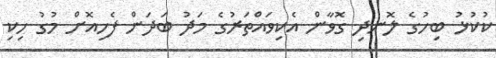
ކުކުޅު ބިހުގެ ލޮނދި ގޮވާން އެކިވައްތަރުގެ މަދު ބަދަން ފެހިއޮށް މުގު ހިކި